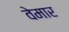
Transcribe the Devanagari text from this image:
वेमार